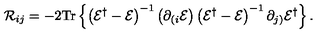
{ \cal R } _ { i j } = - 2 \mathrm { T r } \left\{ \left( { \cal E } ^ { \dagger } - { \cal E } \right) ^ { - 1 } \left( \partial _ { ( i } { \cal E } \right) \left( { \cal E } ^ { \dagger } - { \cal E } \right) ^ { - 1 } \partial _ { j ) } { \cal E } ^ { \dagger } \right\} .